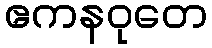
ဧကနဝုတေ